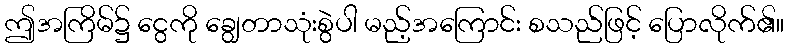
ဤအကြိမ်၌ ငွေကို ချွေတာသုံးစွဲပါ မည့်အကြောင်း စသည်ဖြင့် ပြောလိုက်၏။